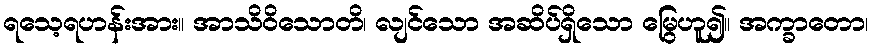
ရသေ့ရဟန်းအား။ အာသိဝိသောတိ၊ လျင်သော အဆိပ်ရှိသော မြွေဟူ၍။ အက္ခာတော၊